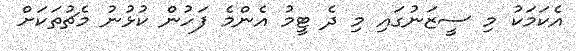
އެކަމަކު މި ސީޒަނުގައި މި ދެ ޓީމު އެންމެ ފަހުން ކުޅުނު މެޗުތަކަށް